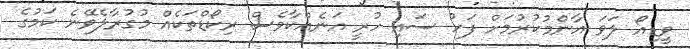
ވީޑިއޯ ލަވަ އާންމުކުރުމަށް ފަހު ސައި ހުރީ އަނެއްކާވެސް ރިކޯޑްތަކެއް މުގުރާލެވޭނެ ކަމުގެ